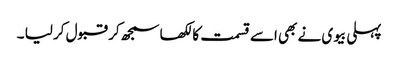
پہلی بیوی نے بھی اسے قسمت کا لکھا سمجھ کر قبول کر لیا ۔